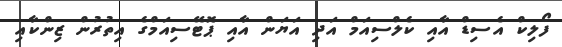
ފޯލިކް އެސިޑް އާއި ކެލްސިއަމް އަދި އަޔަން އާއި ޕޮޓޭސިއަމްގެ އިތުރުން ޒިންކާއި